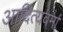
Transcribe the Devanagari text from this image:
आदित्यवर्मा